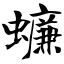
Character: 蠊